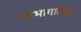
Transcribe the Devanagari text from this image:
याभागातील